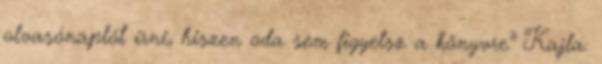
olvasónaplót írni, hiszen oda sem figyelsz a könyvre." Kajla: